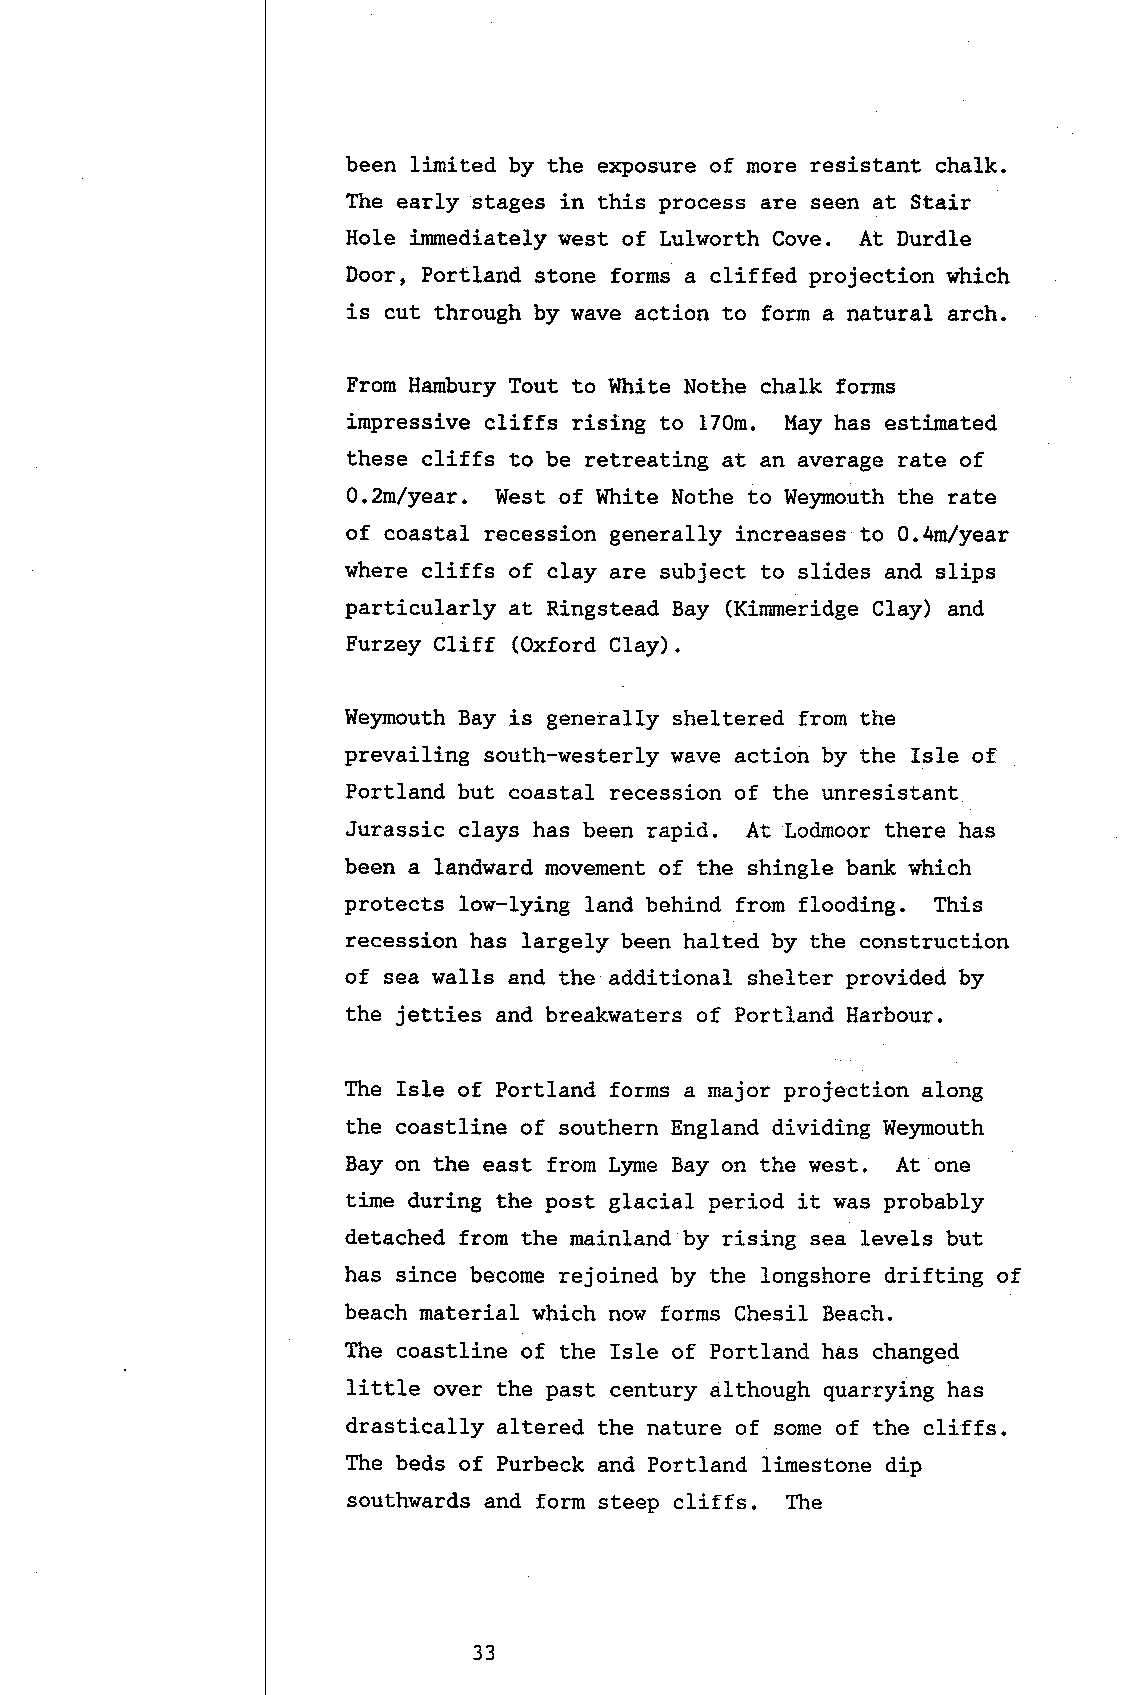
been lirnited by the e:rposure of more resistant chalk.
 The early stages in this process are seen at Stair
 Hole inunediately west of Lulworth Cove. At Durd1e
 Door, Portland stone forms a cliffed projection which
 is cut through by wave action to form a natural arch.
 From Hambury Tout to White Nothe chalk forms
 impressive cliffs rising to 170m. May has estimated
 these cliffs to be retreating at an average rate of
 O.Zm/yeat. West of l{hite Nothe to Weymouth the rate
 of coastaL recession generally increases to 0.4m,/year
 where cliffs of clay are subject to slides and slips
 particularly at Ringstead Bay (Kirrneridge Clay) and
 Furzey Cliff (Oxford Clay).
 Weymouth Bay is generally sheltered fron the
 prevailing south-westerly wave action by the Isle of
 Portland but coastal recession of the unresistant
 Jurassic clays has been rapid. At todmoor there has
 been a landward movement of the shingle bank which
 protects low-lying land behind from flooding. Ttris
 recession has largely been halted by the construction
 of sea walls and the additional shelter provided by
 the jetties and breakwaters of Portland Harbour.
 The IsIe of Portland forms a major projection along
 the coastline of southern England dividing Weymouth
 Bay on the east from Lyme Bay on the west. At one
 tine during the post glacial period it was probably
 detached from the mainland by rising sea levels but
 has since become rejoined by the longshore drifting of
 beach material which now forms Chesil Beach.
 The coastline of the IsIe of Portland has changed
 little over the past century although quarrying has
 drastically altered the nature of some of the cliffs.
 The beds of Purbeck and Portland limestone dip
 southwards and form steep cliffs. The
 33